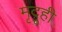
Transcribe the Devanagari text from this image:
मृदूही